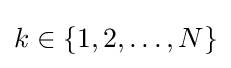
k\in \{1,2,\ldots ,N\}